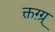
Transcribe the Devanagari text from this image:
क्तग़्ग्र्